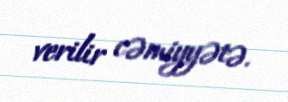
verilir cəmiyyətə.